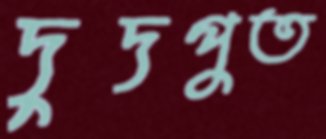
দুদপুত